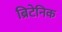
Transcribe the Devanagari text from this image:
ब्रिटेनिक